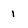
Character: 1